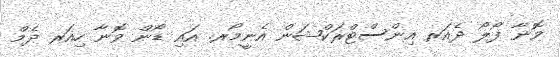
ވޮނާ ފޯލޯ ދެއަރ އިންސްޓްރަކްޝަން އެނީމޯރ. އައި ޑޯން ވޮނާ ހިއަރ ދެމް